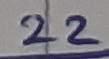
Text: 22